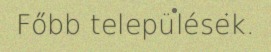
Főbb települések.